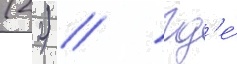
(2 2) // Гд'е́